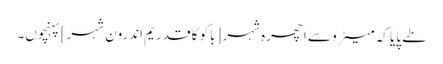
طے پایا کہ میٹرو سے اچھرہ شہر [باکو کا قدریم اندرون شہر] پہنچوں۔